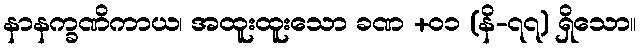
နာနက္ခဏိကာယ၊ အထူးထူးသော ခဏ +၀၁ (နိ-၇၇) ရှိသော။